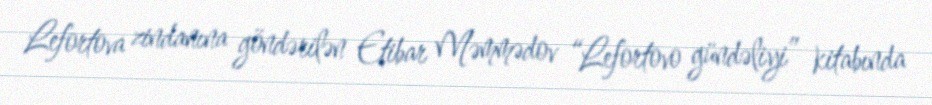
Lefortova zindanına göndərilən Etibar Məmmədov “Lefortovo gündəliyi” kitabında